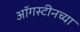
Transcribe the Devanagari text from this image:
ऑगस्टीनच्या